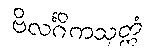
ဗိလင်္ဂိကသုတ္တံ